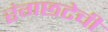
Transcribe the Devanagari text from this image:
रंगछटेची